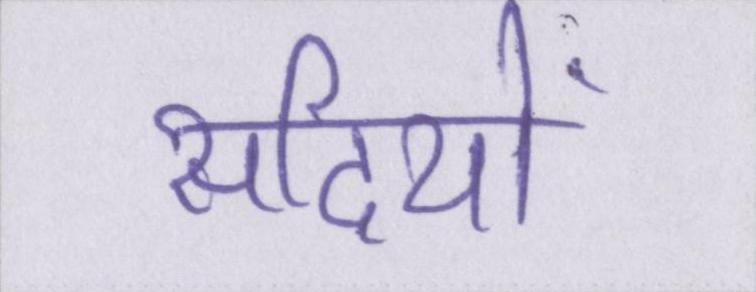
सदियों